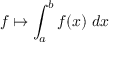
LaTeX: f \mapsto \int _ { a } ^ { b } f ( x ) \; d x